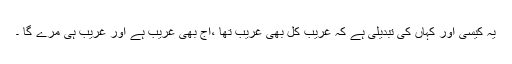
یہ کیسی اور کہاں کی تبدیلی ہے کہ غریب کل بھی غریب تھا ،آج بھی غریب ہے اور غریب ہی مرے گا ۔